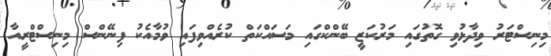
މިނިސްޓަރު ވިދާޅުވި ގޮތުގައި މަރުކަޒީ ބޭންކްގައި މަސައްކަތް ކުރެއްވިފައި ވުމާއެކު ފިނޭންސް މިނިސްޓްރީއާ